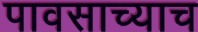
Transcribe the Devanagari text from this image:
पावसाच्याच